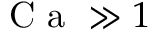
\mathrm { ~ C ~ a ~ } \gg 1